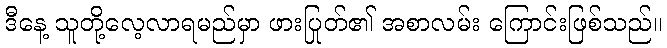
ဒီနေ့ သူတို့လေ့လာရမည်မှာ ဖားပြုတ်၏ အစာလမ်း ကြောင်းဖြစ်သည်။